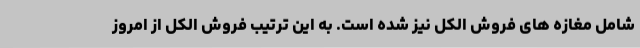
شامل مغازه های فروش الکل نیز شده است. به این ترتیب فروش الکل از امروز